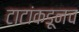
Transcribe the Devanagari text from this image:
टाटांकडूनच